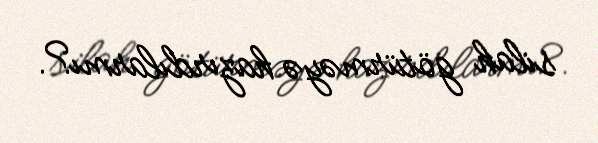
silah götürməyə hazırdılarmı?.